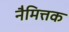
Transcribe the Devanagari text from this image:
नैमित्तक